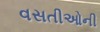
વસતીઓની